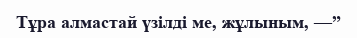
Тұра алмастай үзілді ме, жұлыным, —”